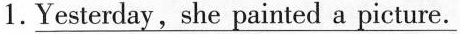
1.\underline{Yesterday,she painted a picture.}